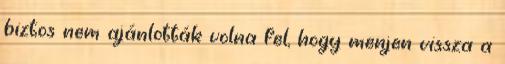
biztos nem ajánlották volna fel, hogy menjen vissza a